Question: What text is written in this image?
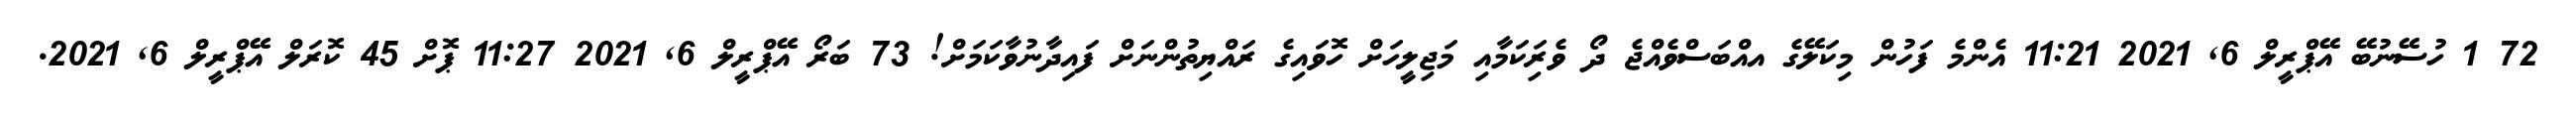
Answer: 72 1 ހުސޭނުބޭ އޭޕްރީލް 6, 2021 11:21 އެންމެ ފަހުން މިކަލޭގެ އއްބަސްވެއްޖެ ދޯ ވެރިަކަމާއި މަޖިލީހަށް ހޮވައިގެ ރައްޔިތުންނަށް ފައިދާނުވާކަމަށް! 73 ބަރޯ އޭޕްރީލް 6, 2021 11:27 ޕޮށް 45 ކޮރަލް އޭޕްރީލް 6, 2021.